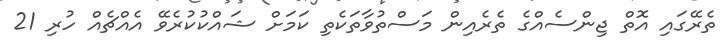
ތެރޭގައި އޮތް ޖިންސެއްގެ ތެރެއިން މަސްތުވާތަކެތި ކަމަށް ޝައްކުކުރެވޭ އެއްޗެއް ހުރި 21